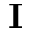
\mathbf { I }